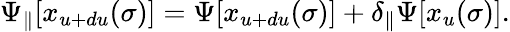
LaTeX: \Psi_{\parallel}[x_{u+du}(\sigma)]=\Psi[x_{u+du}(\sigma)]+\delta_{\parallel}\Psi[x_{u}(\sigma)].